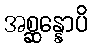
အစ္ဆန္နောပိ